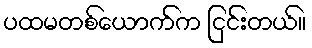
ပထမတစ်ယောက်က ငြင်းတယ်။